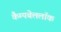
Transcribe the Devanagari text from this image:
कैम्पबेललॉक